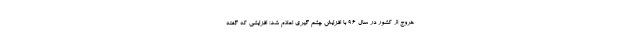
خروج از کشور در سال ۹۶ با افزایش چشم گیری اعلام شد؛ افزایشی که گفته